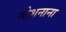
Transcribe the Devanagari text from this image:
स्टेशनाना